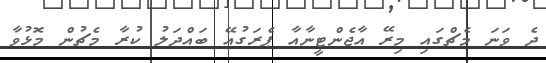
ދެ ވަނަ މެޗްގައި މިރޭ އާޖެންޓީނާއާ ޕެރަގުއޭ ބައްދަލު ކުރާ މެޗުން މޮޅުވާ